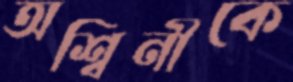
অশ্বিনীকে